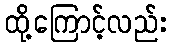
ထို့ကြောင့်လည်း